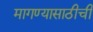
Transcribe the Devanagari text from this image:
मागण्यासाठीची